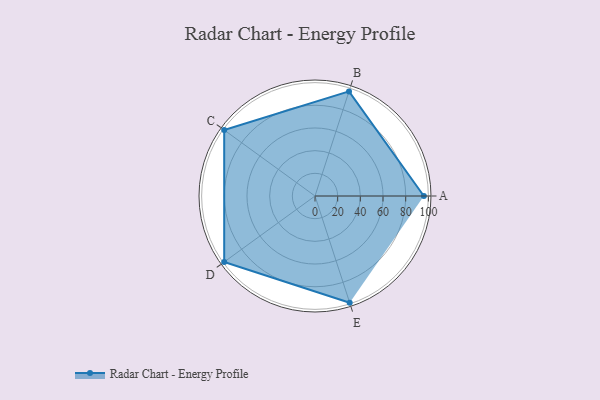
{"axis": {"x": "Skill", "y": "Score"}, "legend": ["Profile"], "data": [{"x": "A", "y": 96.0, "type": "Profile"}, {"x": "B", "y": 97.0, "type": "Profile"}, {"x": "C", "y": 99, "type": "Profile"}, {"x": "D", "y": 99, "type": "Profile"}, {"x": "E", "y": 99, "type": "Profile"}]}